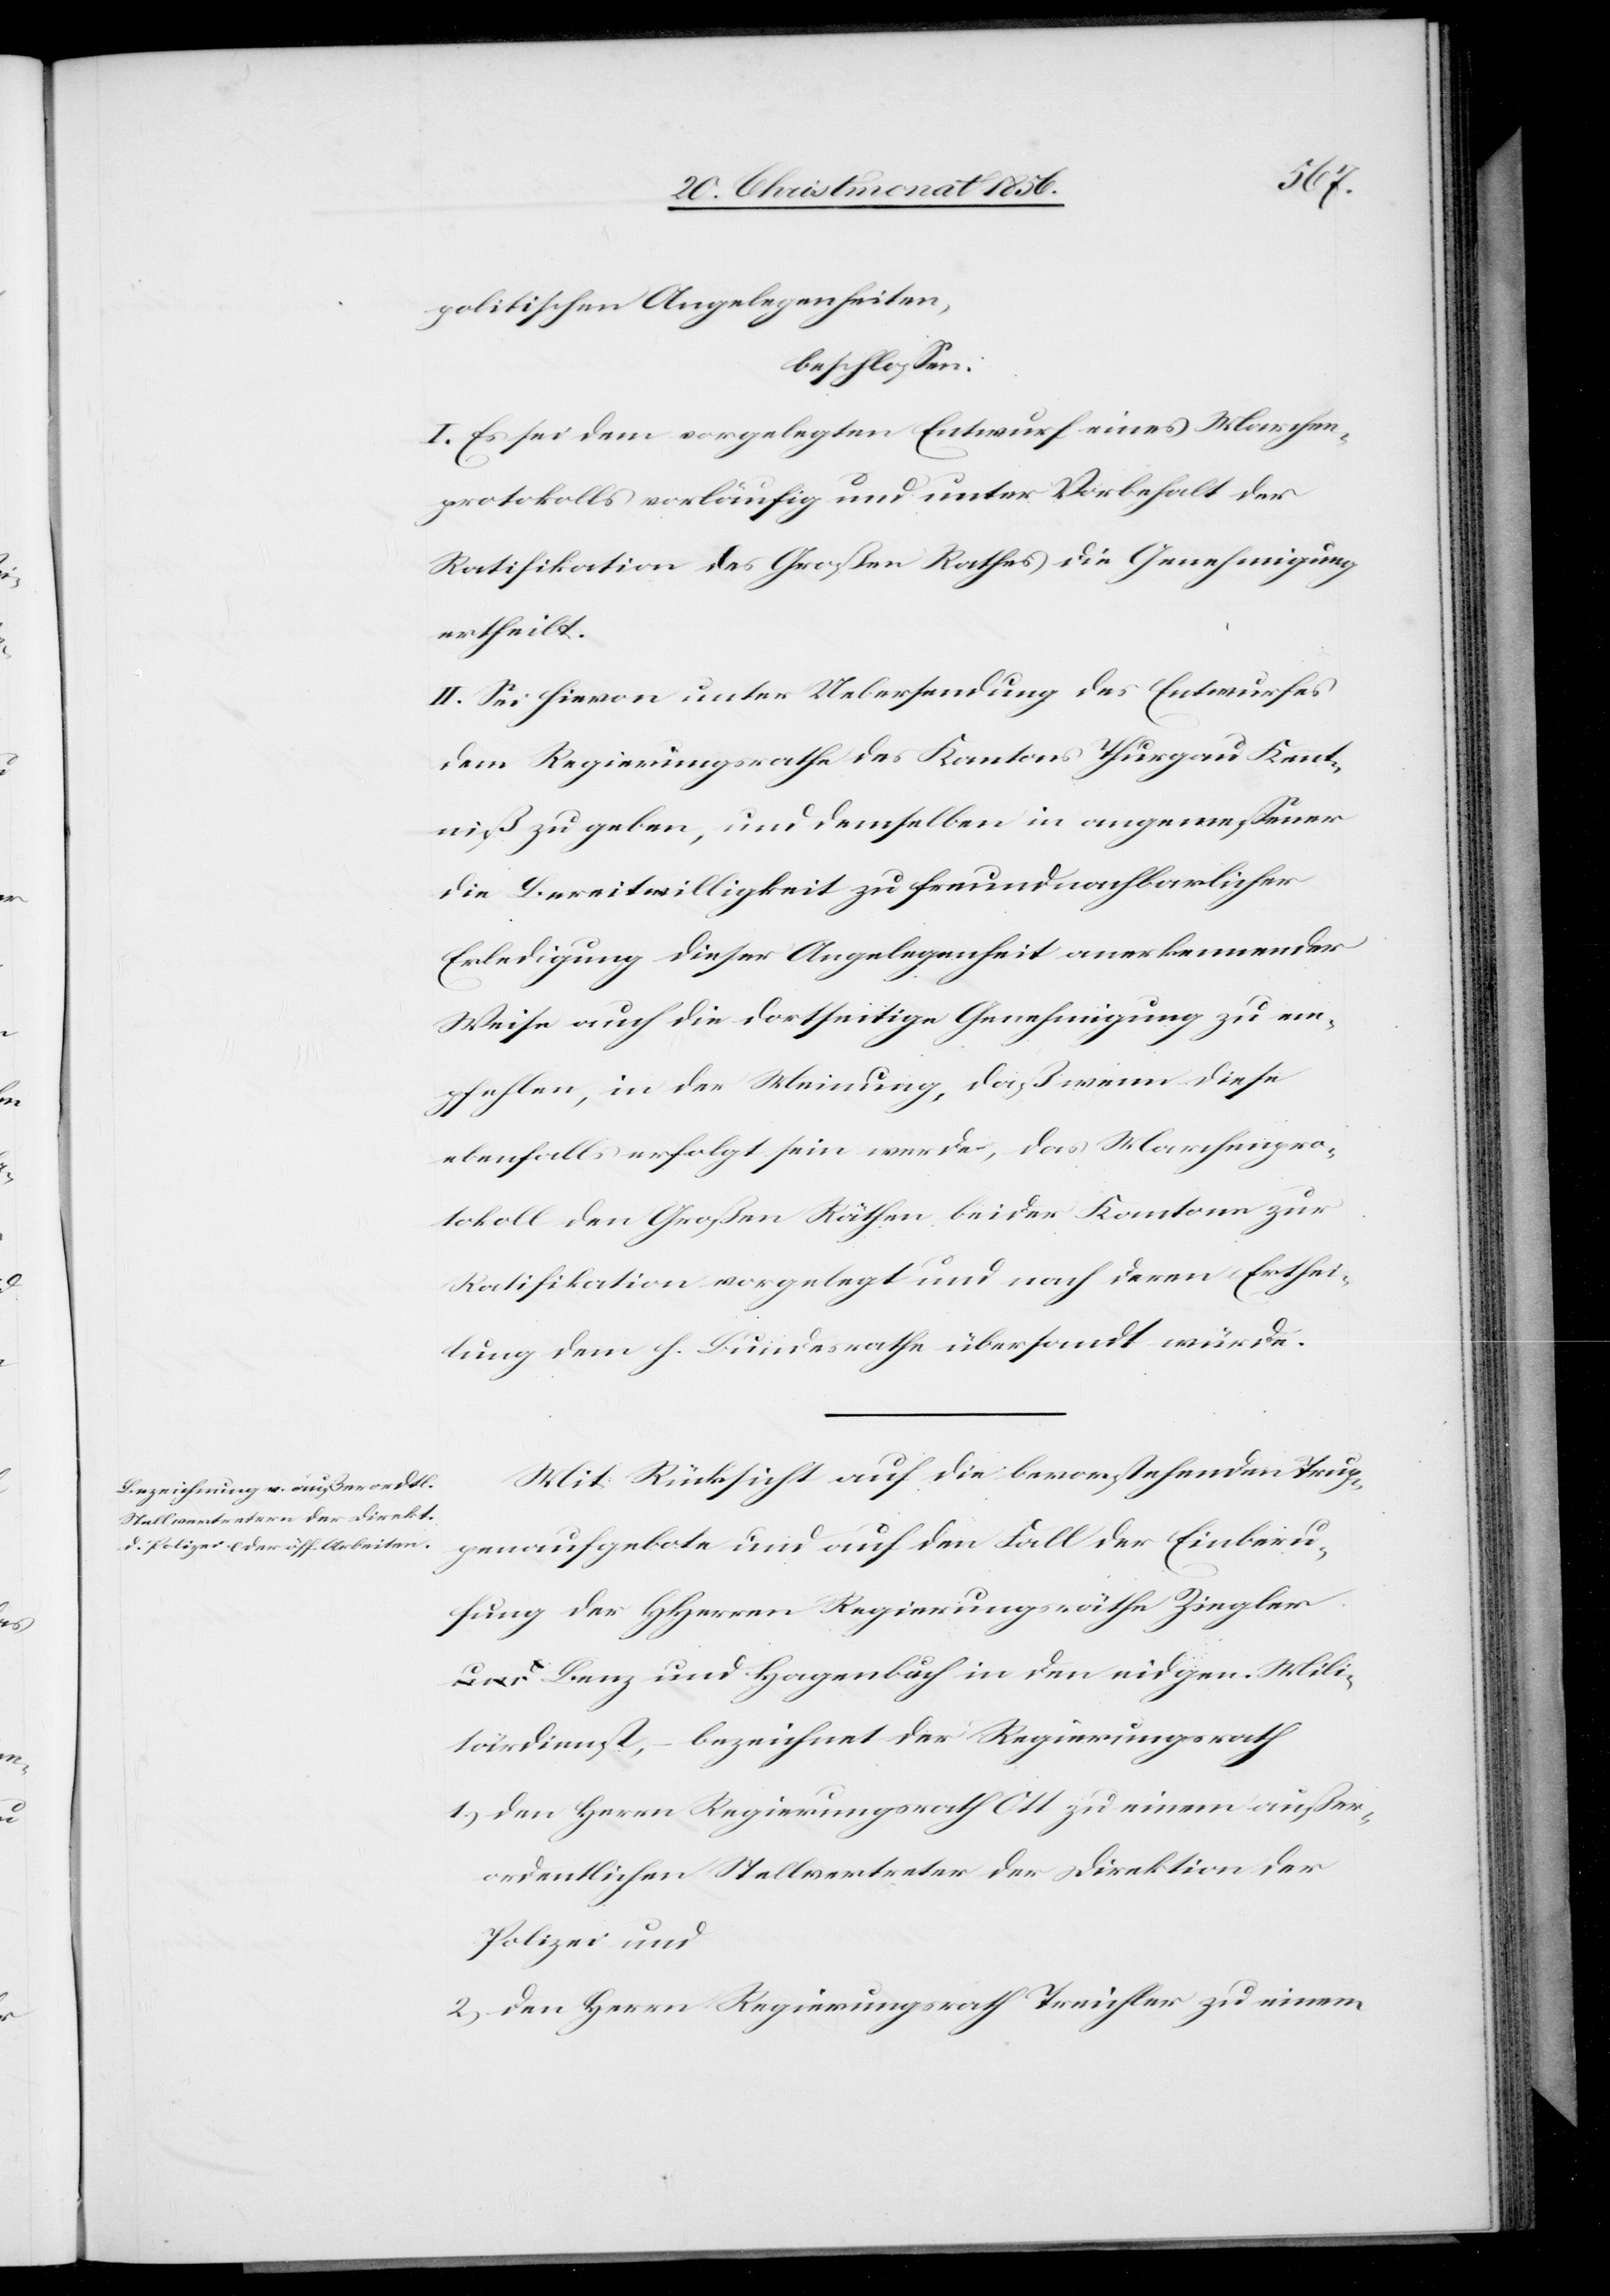
politischen Angelegenheiten,
beschlossen:
I. Es sei dem vorgelegten Entwurf eines Marchen¬
protokolls vorläufig und unter Vorbehalt der
Ratifikation des Großen Rathes die Genehmigung
ertheilt.
II. Sei hievon unter Uebersendung des Entwurfes
dem Regierungsrathe des Kantons Thurgau Kennt¬
niß zu geben, und demselben in angemessener
die Bereitwilligkeit zu freundnachbarlicher
Erledigung dieser Angelegenheit anerkennender
Weise auch die dortseitige Genehmigung zu em¬
pfehlen, in der Meinung, daß wenn diese
ebenfalls erfolgt sein werde, das Marchenpro¬
tokoll den Großen Rath beider Kantone zur
Ratifikation vorgelegt und nach deren Erthei¬
lung dem h. Bundesrathe übersandt würde.
Mit Rücksicht auf die bevorstehenden Trup¬
penaufgebote und auf den Fall der Einberu¬
fung der HHerren Regierungsräthe Ziegle¬
r[,] Benz und Hagenbuch in den eidgen. Mili¬
tärdienst, – bezeichnet der Regierungsrath
1.) den Herrn Regierungsrath Ott zu einem außer¬
ordentlichen Stellvertreter der Direktion der
Polizei und
2.) den Herrn Regierungsrath Treichler zu einem